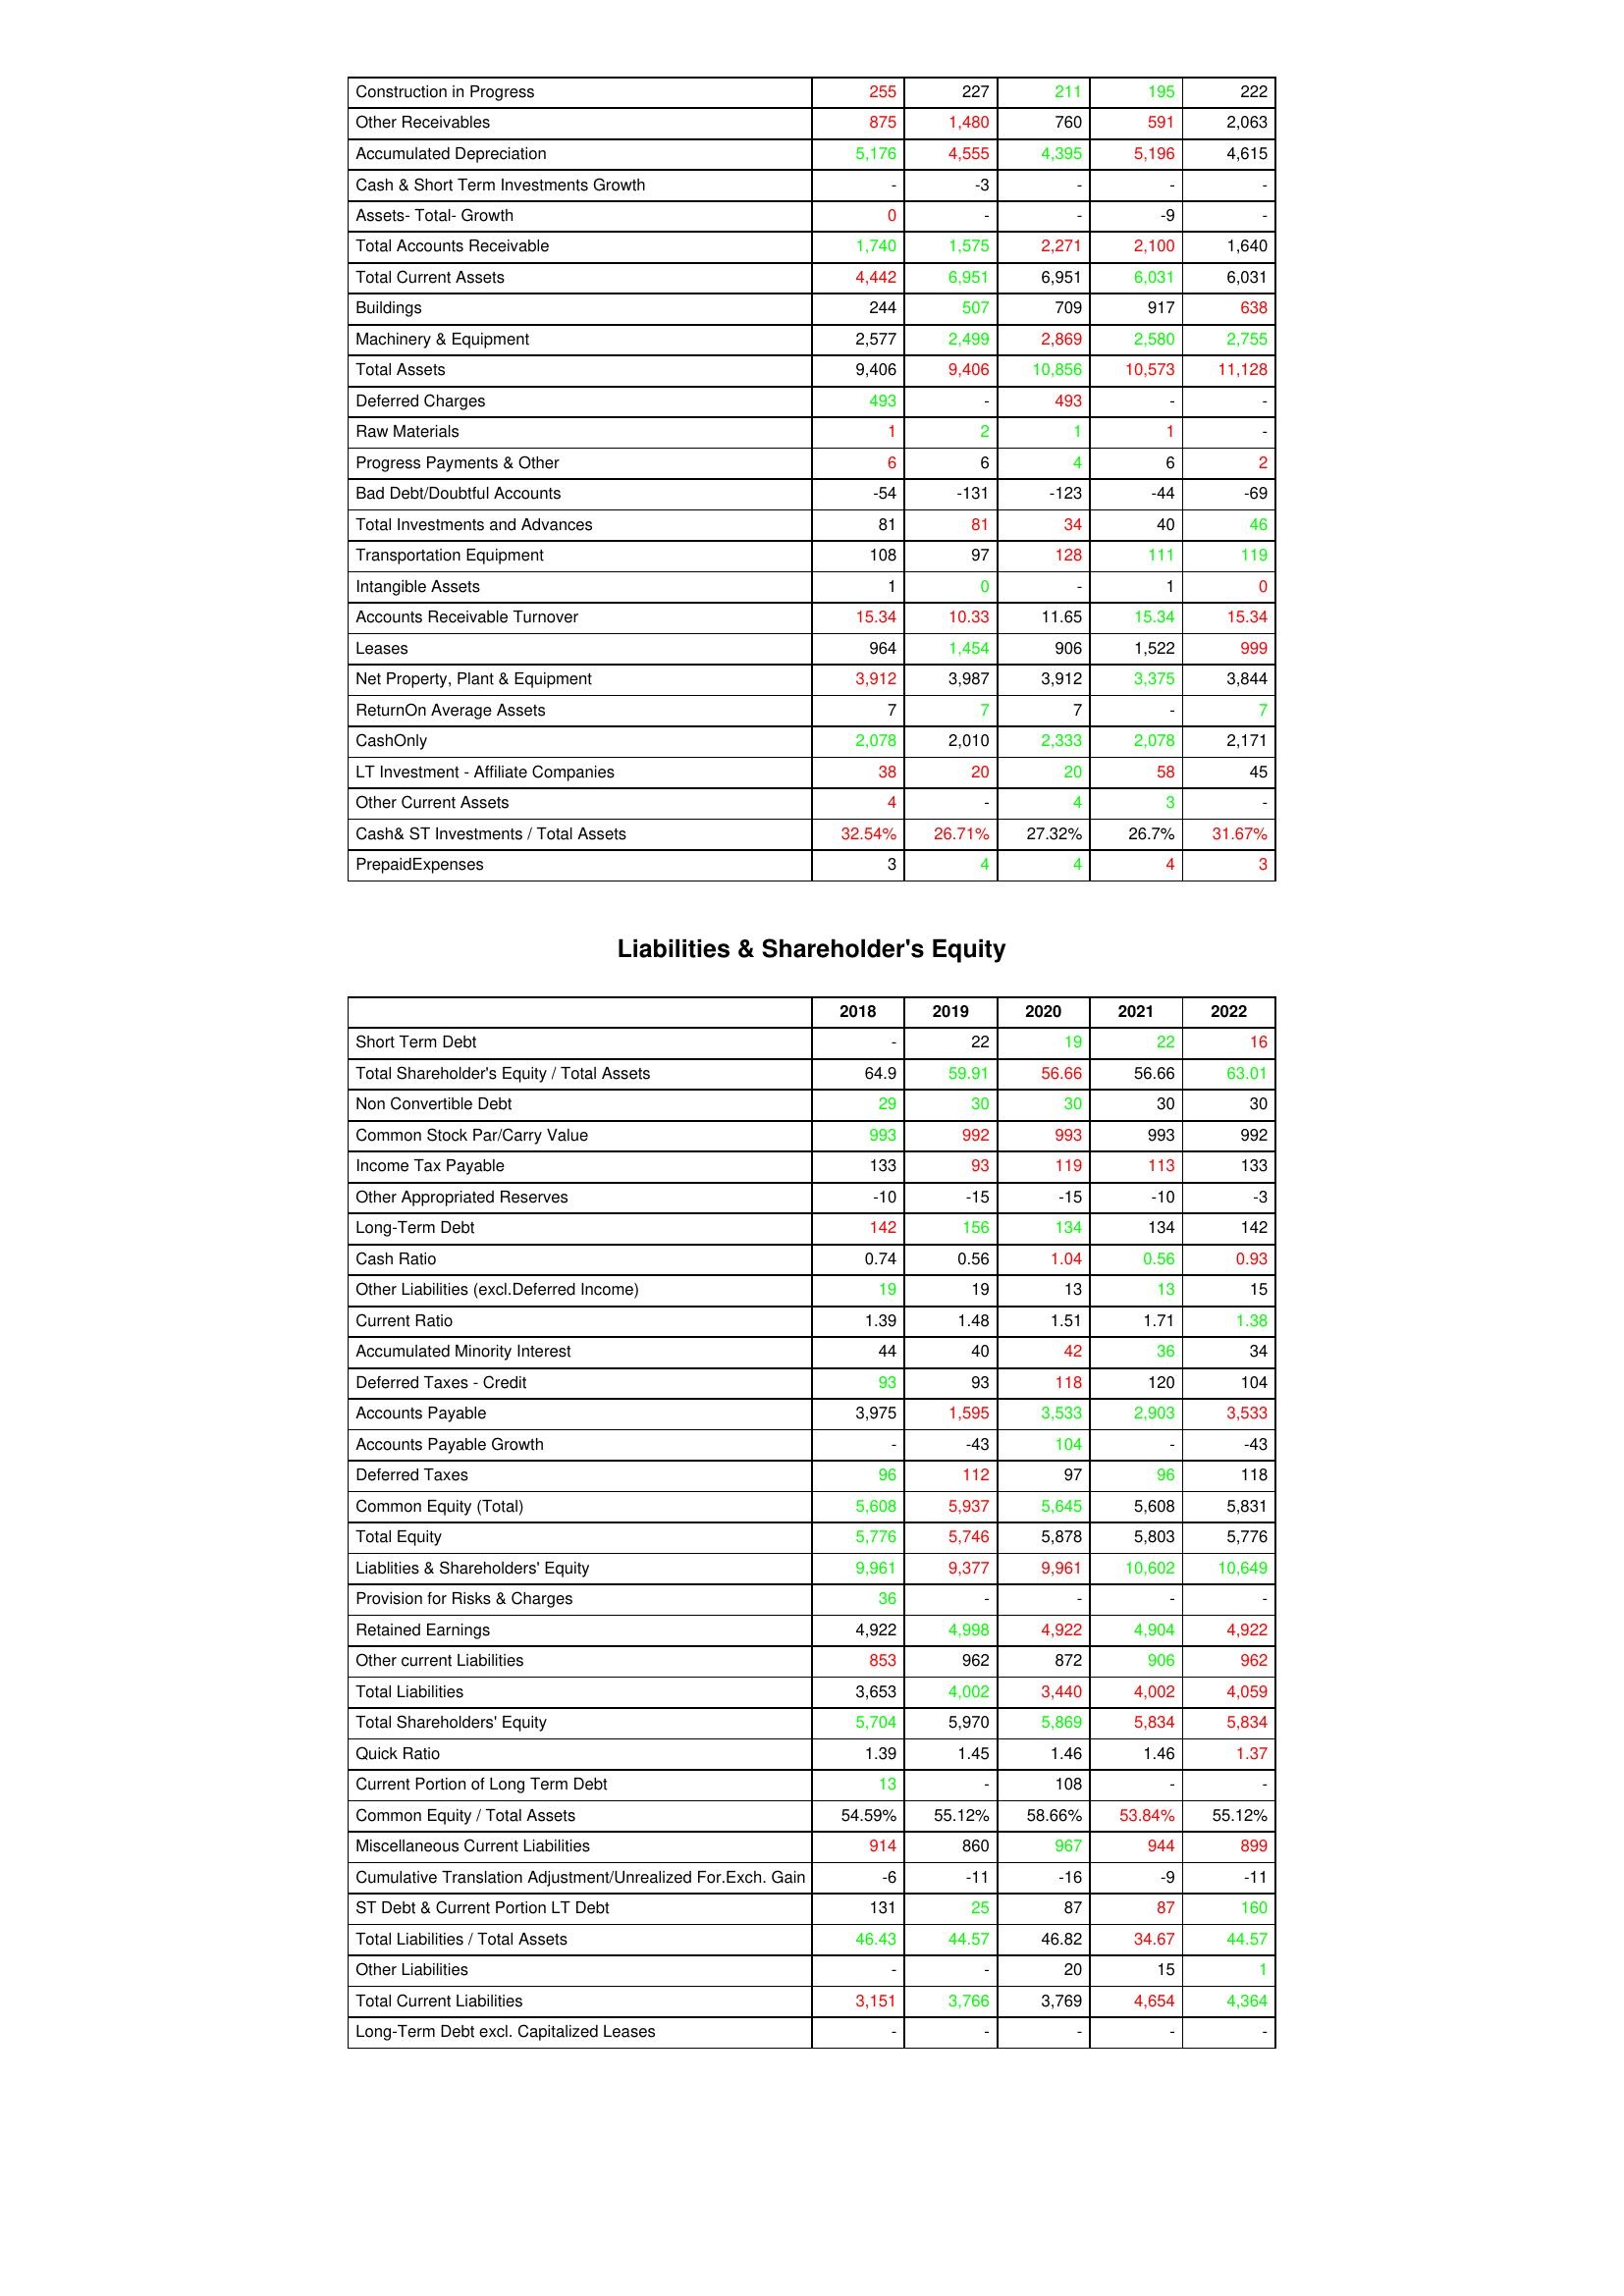
gt_parse: 2018: Assets: Construction in Progress: 255
Other Receivables: 875
Accumulated Depreciation: 5,176
Cash & Short Term Investments Growth: -
Assets- Total- Growth: 0
Total Accounts Receivable: 1,740
Total Current Assets: 4,442
Buildings: 244
Machinery & Equipment: 2,577
Total Assets: 9,406
Deferred Charges: 493
Raw Materials: 1
Progress Payments & Other: 6
Bad Debt/Doubtful Accounts: -54
Total Investments and Advances: 81
Transportation Equipment: 108
Intangible Assets: 1
Accounts Receivable Turnover: 15.34
Leases: 964
Net Property, Plant & Equipment: 3,912
ReturnOn Average Assets: 7
CashOnly: 2,078
LT Investment - Affiliate Companies: 38
Other Current Assets: 4
Cash& ST Investments / Total Assets: 32.54%
PrepaidExpenses: 3
Liabilities & Shareholder's Equity: Short Term Debt: -
Total Shareholder's Equity / Total Assets: 64.9
Non Convertible Debt: 29
Common Stock Par/Carry Value: 993
Income Tax Payable: 133
Other Appropriated Reserves: -10
Long-Term Debt: 142
Cash Ratio: 0.74
Other Liabilities (excl.Deferred Income): 19
Current Ratio: 1.39
Accumulated Minority Interest: 44
Deferred Taxes - Credit: 93
Accounts Payable: 3,975
Accounts Payable Growth: -
Deferred Taxes: 96
Common Equity (Total): 5,608
Total Equity: 5,776
Liablities & Shareholders' Equity: 9,961
Provision for Risks & Charges: 36
Retained Earnings: 4,922
Other current Liabilities: 853
Total Liabilities: 3,653
Total Shareholders' Equity: 5,704
Quick Ratio: 1.39
Current Portion of Long Term Debt: 13
Common Equity / Total Assets: 54.59%
Miscellaneous Current Liabilities: 914
Cumulative Translation Adjustment/Unrealized For.Exch. Gain: -6
ST Debt & Current Portion LT Debt: 131
Total Liabilities / Total Assets: 46.43
Other Liabilities: -
Total Current Liabilities: 3,151
Long-Term Debt excl. Capitalized Leases: -
2019: Assets: Construction in Progress: 227
Other Receivables: 1,480
Accumulated Depreciation: 4,555
Cash & Short Term Investments Growth: -3
Assets- Total- Growth: -
Total Accounts Receivable: 1,575
Total Current Assets: 6,951
Buildings: 507
Machinery & Equipment: 2,499
Total Assets: 9,406
Deferred Charges: -
Raw Materials: 2
Progress Payments & Other: 6
Bad Debt/Doubtful Accounts: -131
Total Investments and Advances: 81
Transportation Equipment: 97
Intangible Assets: 0
Accounts Receivable Turnover: 10.33
Leases: 1,454
Net Property, Plant & Equipment: 3,987
ReturnOn Average Assets: 7
CashOnly: 2,010
LT Investment - Affiliate Companies: 20
Other Current Assets: -
Cash& ST Investments / Total Assets: 26.71%
PrepaidExpenses: 4
Liabilities & Shareholder's Equity: Short Term Debt: 22
Total Shareholder's Equity / Total Assets: 59.91
Non Convertible Debt: 30
Common Stock Par/Carry Value: 992
Income Tax Payable: 93
Other Appropriated Reserves: -15
Long-Term Debt: 156
Cash Ratio: 0.56
Other Liabilities (excl.Deferred Income): 19
Current Ratio: 1.48
Accumulated Minority Interest: 40
Deferred Taxes - Credit: 93
Accounts Payable: 1,595
Accounts Payable Growth: -43
Deferred Taxes: 112
Common Equity (Total): 5,937
Total Equity: 5,746
Liablities & Shareholders' Equity: 9,377
Provision for Risks & Charges: -
Retained Earnings: 4,998
Other current Liabilities: 962
Total Liabilities: 4,002
Total Shareholders' Equity: 5,970
Quick Ratio: 1.45
Current Portion of Long Term Debt: -
Common Equity / Total Assets: 55.12%
Miscellaneous Current Liabilities: 860
Cumulative Translation Adjustment/Unrealized For.Exch. Gain: -11
ST Debt & Current Portion LT Debt: 25
Total Liabilities / Total Assets: 44.57
Other Liabilities: -
Total Current Liabilities: 3,766
Long-Term Debt excl. Capitalized Leases: -
2020: Assets: Construction in Progress: 211
Other Receivables: 760
Accumulated Depreciation: 4,395
Cash & Short Term Investments Growth: -
Assets- Total- Growth: -
Total Accounts Receivable: 2,271
Total Current Assets: 6,951
Buildings: 709
Machinery & Equipment: 2,869
Total Assets: 10,856
Deferred Charges: 493
Raw Materials: 1
Progress Payments & Other: 4
Bad Debt/Doubtful Accounts: -123
Total Investments and Advances: 34
Transportation Equipment: 128
Intangible Assets: -
Accounts Receivable Turnover: 11.65
Leases: 906
Net Property, Plant & Equipment: 3,912
ReturnOn Average Assets: 7
CashOnly: 2,333
LT Investment - Affiliate Companies: 20
Other Current Assets: 4
Cash& ST Investments / Total Assets: 27.32%
PrepaidExpenses: 4
Liabilities & Shareholder's Equity: Short Term Debt: 19
Total Shareholder's Equity / Total Assets: 56.66
Non Convertible Debt: 30
Common Stock Par/Carry Value: 993
Income Tax Payable: 119
Other Appropriated Reserves: -15
Long-Term Debt: 134
Cash Ratio: 1.04
Other Liabilities (excl.Deferred Income): 13
Current Ratio: 1.51
Accumulated Minority Interest: 42
Deferred Taxes - Credit: 118
Accounts Payable: 3,533
Accounts Payable Growth: 104
Deferred Taxes: 97
Common Equity (Total): 5,645
Total Equity: 5,878
Liablities & Shareholders' Equity: 9,961
Provision for Risks & Charges: -
Retained Earnings: 4,922
Other current Liabilities: 872
Total Liabilities: 3,440
Total Shareholders' Equity: 5,869
Quick Ratio: 1.46
Current Portion of Long Term Debt: 108
Common Equity / Total Assets: 58.66%
Miscellaneous Current Liabilities: 967
Cumulative Translation Adjustment/Unrealized For.Exch. Gain: -16
ST Debt & Current Portion LT Debt: 87
Total Liabilities / Total Assets: 46.82
Other Liabilities: 20
Total Current Liabilities: 3,769
Long-Term Debt excl. Capitalized Leases: -
2021: Assets: Construction in Progress: 195
Other Receivables: 591
Accumulated Depreciation: 5,196
Cash & Short Term Investments Growth: -
Assets- Total- Growth: -9
Total Accounts Receivable: 2,100
Total Current Assets: 6,031
Buildings: 917
Machinery & Equipment: 2,580
Total Assets: 10,573
Deferred Charges: -
Raw Materials: 1
Progress Payments & Other: 6
Bad Debt/Doubtful Accounts: -44
Total Investments and Advances: 40
Transportation Equipment: 111
Intangible Assets: 1
Accounts Receivable Turnover: 15.34
Leases: 1,522
Net Property, Plant & Equipment: 3,375
ReturnOn Average Assets: -
CashOnly: 2,078
LT Investment - Affiliate Companies: 58
Other Current Assets: 3
Cash& ST Investments / Total Assets: 26.7%
PrepaidExpenses: 4
Liabilities & Shareholder's Equity: Short Term Debt: 22
Total Shareholder's Equity / Total Assets: 56.66
Non Convertible Debt: 30
Common Stock Par/Carry Value: 993
Income Tax Payable: 113
Other Appropriated Reserves: -10
Long-Term Debt: 134
Cash Ratio: 0.56
Other Liabilities (excl.Deferred Income): 13
Current Ratio: 1.71
Accumulated Minority Interest: 36
Deferred Taxes - Credit: 120
Accounts Payable: 2,903
Accounts Payable Growth: -
Deferred Taxes: 96
Common Equity (Total): 5,608
Total Equity: 5,803
Liablities & Shareholders' Equity: 10,602
Provision for Risks & Charges: -
Retained Earnings: 4,904
Other current Liabilities: 906
Total Liabilities: 4,002
Total Shareholders' Equity: 5,834
Quick Ratio: 1.46
Current Portion of Long Term Debt: -
Common Equity / Total Assets: 53.84%
Miscellaneous Current Liabilities: 944
Cumulative Translation Adjustment/Unrealized For.Exch. Gain: -9
ST Debt & Current Portion LT Debt: 87
Total Liabilities / Total Assets: 34.67
Other Liabilities: 15
Total Current Liabilities: 4,654
Long-Term Debt excl. Capitalized Leases: -
2022: Assets: Construction in Progress: 222
Other Receivables: 2,063
Accumulated Depreciation: 4,615
Cash & Short Term Investments Growth: -
Assets- Total- Growth: -
Total Accounts Receivable: 1,640
Total Current Assets: 6,031
Buildings: 638
Machinery & Equipment: 2,755
Total Assets: 11,128
Deferred Charges: -
Raw Materials: -
Progress Payments & Other: 2
Bad Debt/Doubtful Accounts: -69
Total Investments and Advances: 46
Transportation Equipment: 119
Intangible Assets: 0
Accounts Receivable Turnover: 15.34
Leases: 999
Net Property, Plant & Equipment: 3,844
ReturnOn Average Assets: 7
CashOnly: 2,171
LT Investment - Affiliate Companies: 45
Other Current Assets: -
Cash& ST Investments / Total Assets: 31.67%
PrepaidExpenses: 3
Liabilities & Shareholder's Equity: Short Term Debt: 16
Total Shareholder's Equity / Total Assets: 63.01
Non Convertible Debt: 30
Common Stock Par/Carry Value: 992
Income Tax Payable: 133
Other Appropriated Reserves: -3
Long-Term Debt: 142
Cash Ratio: 0.93
Other Liabilities (excl.Deferred Income): 15
Current Ratio: 1.38
Accumulated Minority Interest: 34
Deferred Taxes - Credit: 104
Accounts Payable: 3,533
Accounts Payable Growth: -43
Deferred Taxes: 118
Common Equity (Total): 5,831
Total Equity: 5,776
Liablities & Shareholders' Equity: 10,649
Provision for Risks & Charges: -
Retained Earnings: 4,922
Other current Liabilities: 962
Total Liabilities: 4,059
Total Shareholders' Equity: 5,834
Quick Ratio: 1.37
Current Portion of Long Term Debt: -
Common Equity / Total Assets: 55.12%
Miscellaneous Current Liabilities: 899
Cumulative Translation Adjustment/Unrealized For.Exch. Gain: -11
ST Debt & Current Portion LT Debt: 160
Total Liabilities / Total Assets: 44.57
Other Liabilities: 1
Total Current Liabilities: 4,364
Long-Term Debt excl. Capitalized Leases: -